Vaccination in Bombay 1902-1912 - 1902-1912
Year: 1902
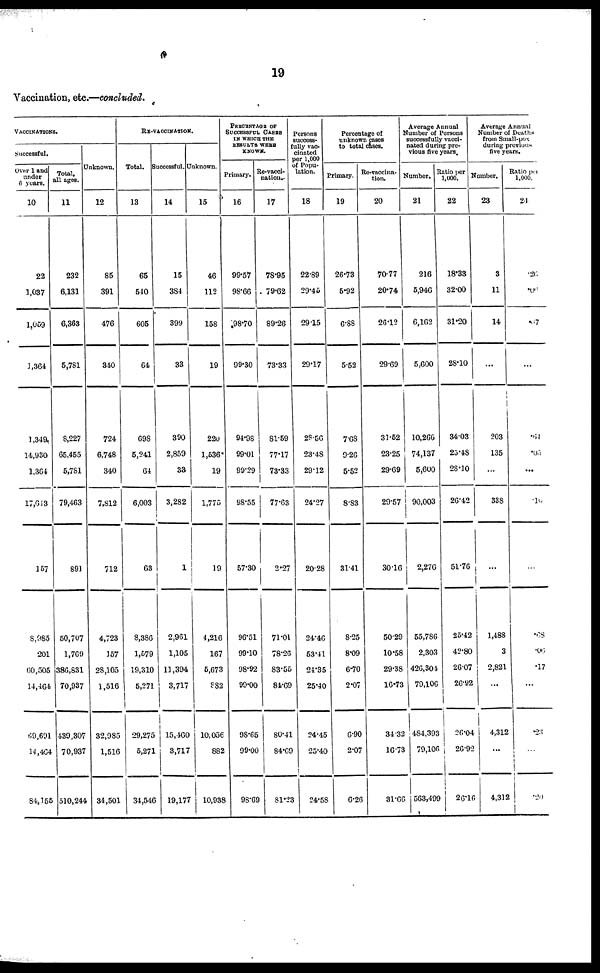
19
Vaccination, etc.—concluded.
VACCINATIONS.
Successful.
Over 1 and
under
6 years.
10
22
1,037
1,059
1,364
1,349
14,930
1,364
17,643
157
8,985
201
60,505
14,464
69,691
14,464
84,155
Total,
all ages.
11
232
6,131
6,363
5,781
8,227
65,455
5,781
79,463
891
50,707
1,769
386,831
70,937
439,307
70,937
510,244
Unknown.
12
85
391
476
340
724
6,748
340
7,812
712
4,723
157
28,105
1,516
32,985
1,516
34,501
RE-VACCINATION.
Total.
13
65
540
605
64
698
5,241
64
6,003
63
8,386
1,579
19,310
5,271
29,275
5,271
34,546
Successful.
14
15
384
399
33
390
2,859
33
3,282
1
2,961
1,105
11,394
3,717
15,460
3,717
19,177
Unknown.
15
46
112
158
19
220
1,536
19
1,775
19
4,216
167
5,673
882
10,056
882
10,938
PERCENTAGE OF
SUCCESSFUL CASES
IN WHICH THE
RESULTS WERE
KNOWN.
Primary.
16
99.57
98.66
98.70
99.30
94.98
99.01
99.29
98.55
57.30
96.51
99.10
98.92
99.00
98.65
99.00
98.69
Re-vacci-
nation.
17
78.95
79.62
89.26
73.33
81.59
77.17
73.33
77.63
2.27
71.01
78.26
83.55
84.69
80.41
84.69
81.23
Persons
success-
fully vac-
cinated
per 1,000
of Popu-
lation.
18
22.89
29.45
29.15
29.17
28.56
23.48
29.12
24.27
20.28
24.46
53.41
24.35
25.40
24.45
25.40
24.58
Percentage of
unknown cases
to total cases.
Primary.
19
26.73
5.92
6.88
5.52
7.68
9.26
5.52
8.83
31.41
8.25
8.09
6.70
2.07
6.90
2.07
6.26
Re-vaccina-
tion.
20
70.77
20.74
26.12
29.69
31.52
23.25
29.69
29.57
30.16
50.29
10.58
29.38
16.73
34.32
16.73
31.66
Average Annual
Number of Persons
successfully vacci-
nated during pre-
vious five years.
Number.
21
216
5,946
6,162
5,600
10,266
74,137
5,600
90,003
2,276
55,786
2,303
426,304
79,106
484,393
79,106
563,499
Ratio per
1,000.
22
18.33
32.00
31.20
28.10
34.03
25.48
28.10
26.42
51.76
25.42
42.80
26.07
26.92
26.04
26.92
26.16
Average Annual
Number of Deaths
from Small-pox
during previous
five years.
Number.
23
3
11
14
...
203
135
...
338
...
1,488
3
2,821
...
4,312
...
4,312
Ratio per
1,000.
24
.26
.06
.07
...
.60
.05
...
.10
...
.68
.06
.17
...
.23
...
.20